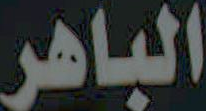
الباهر